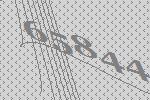
65844